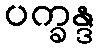
ပက္ခန္ဒ